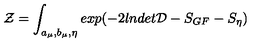
{ \cal Z } = \int _ { a _ { \mu } , b _ { \mu } , \eta } e x p ( - 2 l n d e t { \cal D } - S _ { G F } - S _ { \eta } )